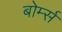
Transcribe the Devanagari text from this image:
बोर्म्स